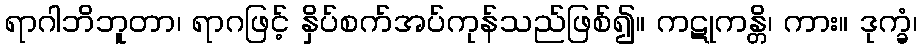
ရာဂါဘိဘူတာ၊ ရာဂဖြင့် နှိပ်စက်အပ်ကုန်သည်ဖြစ်၍။ ကဋုကန္တိ၊ ကား။ ဒုက္ခံ၊